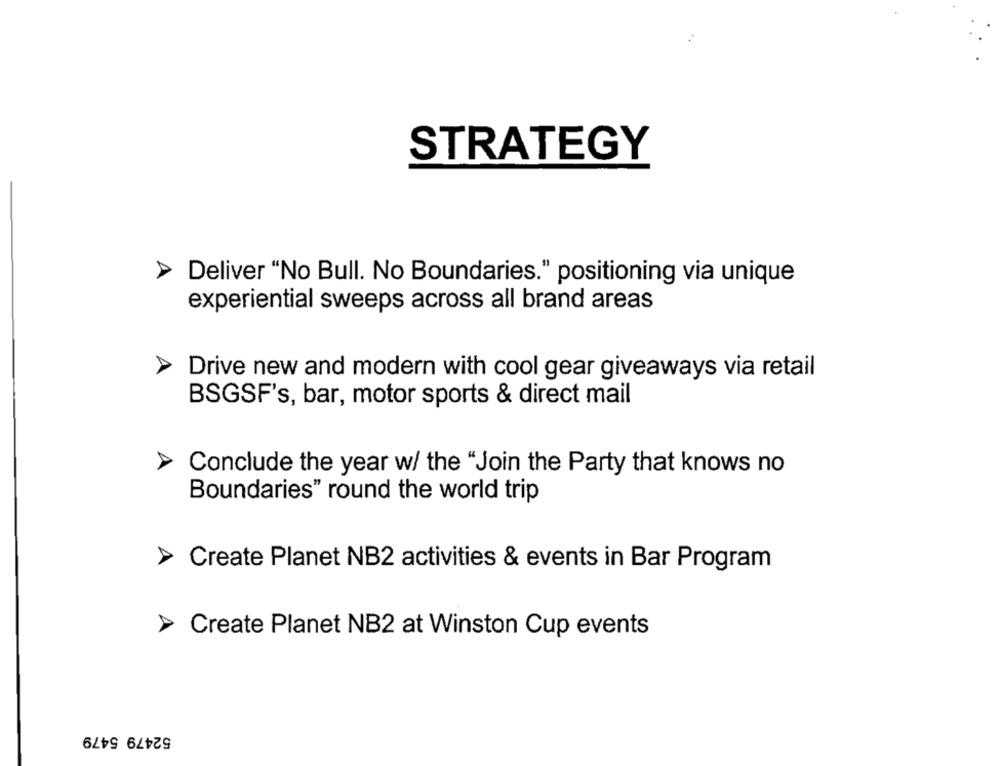
STRATEGY
Deliver "No Bull. No Boundaries." positioning via unique
experiential sweeps across all brand areas
Drive new and modern with cool gear giveaways via retail
BSGSF's, bar, motor sports & direct mail
Conclude the year w/ the "Join the Party that knows no
Boundaries" round the world trip
Create Planet NB2 activities & events in Bar Program
> Create Planet NB2 at Winston Cup events
52479 5479